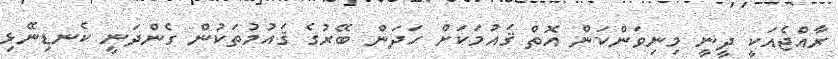
ރާއްޖެއަކީ ދީނީ މިނިވަންކަން އޮތް ޤައުމަކަށް ހަދަން ބޭރުގެ ޤައުމުތަކުން ގެންދަނީ ކެނޑިނޭޅި